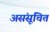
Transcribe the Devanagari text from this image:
असंसूचित